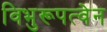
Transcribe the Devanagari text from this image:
विभुरूपत्वेन